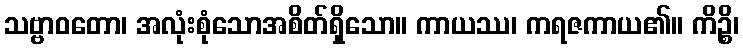
သဗ္ဗာဝတော၊ အလုံးစုံသောအစိတ်ရှိသော။ ကာယဿ၊ ကရဇကာယ၏။ ကိဉ္စိ၊